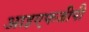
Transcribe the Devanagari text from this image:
आइएफजीपी